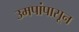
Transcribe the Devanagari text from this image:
उमपांपासून